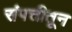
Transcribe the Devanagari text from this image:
संपत्तीतून